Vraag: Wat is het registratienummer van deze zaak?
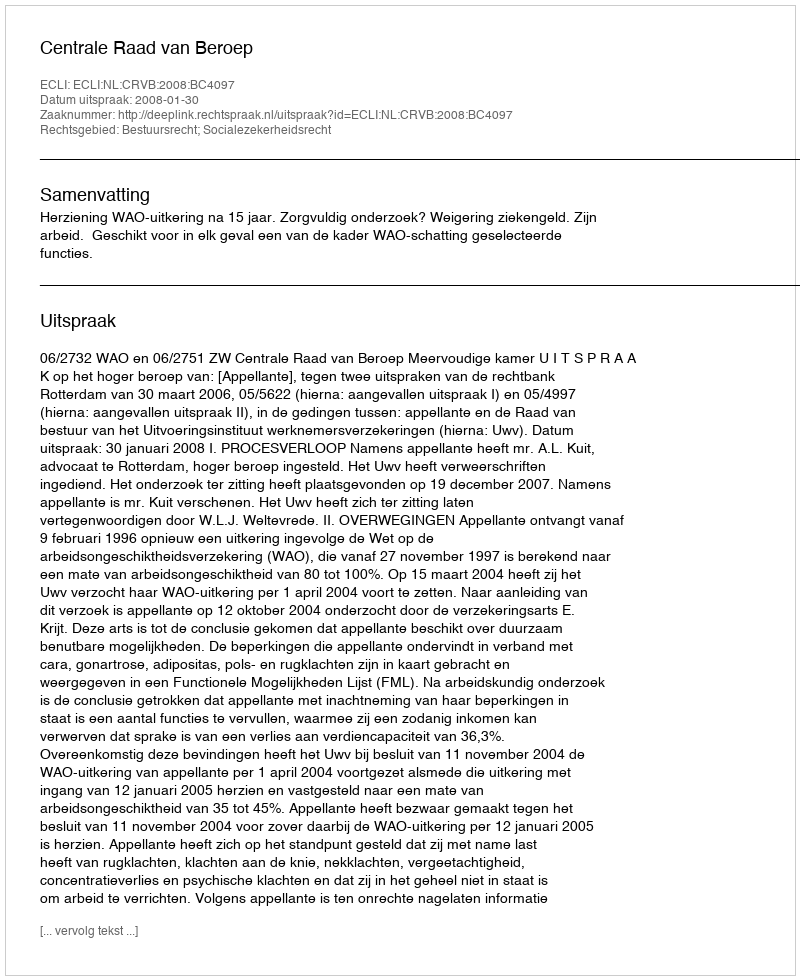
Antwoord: http://deeplink.rechtspraak.nl/uitspraak?id=ECLI:NL:CRVB:2008:BC4097